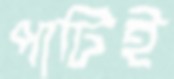
পাটিই